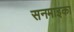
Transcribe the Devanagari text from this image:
सनमाइका